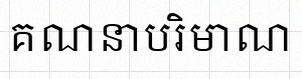
គណនាបរិមាណ